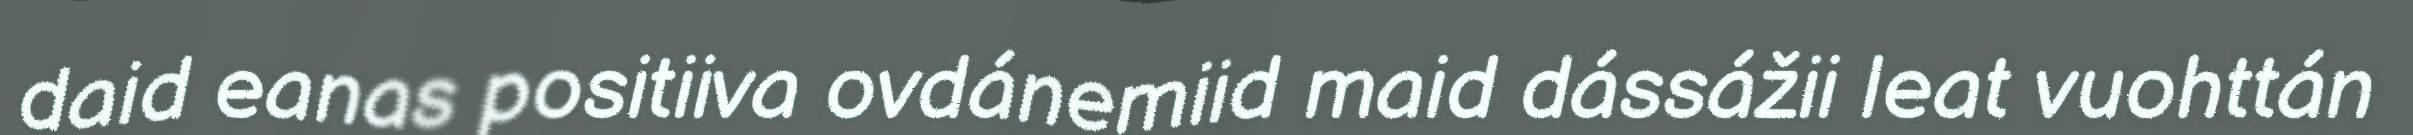
daid eanas positiiva ovdánemiid maid dássážii leat vuohttán